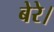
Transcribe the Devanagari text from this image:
बेरे।